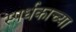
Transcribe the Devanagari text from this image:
स्पर्धकाच्या